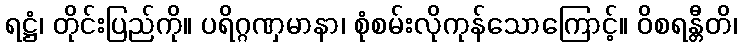
ရဋ္ဌံ၊ တိုင်းပြည်ကို။ ပရိဂ္ဂဏှမာနာ၊ စုံစမ်းလိုကုန်သောကြောင့်။ ဝိစရန္တီတိ၊